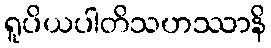
ရူပိယပါတိသဟဿာနိ